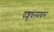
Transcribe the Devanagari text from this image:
पशुधनप्रधान